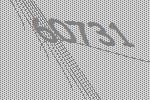
60731